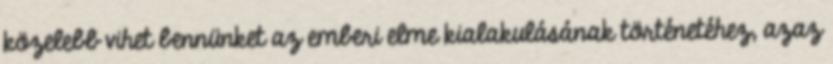
közelebb vihet bennünket az emberi elme kialakulásának történetéhez, azaz